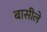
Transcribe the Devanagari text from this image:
बासीले